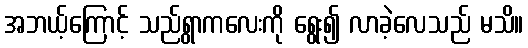
အဘယ့်ကြောင့် သည်ရွာကလေးကို ရွေး၍ လာခဲ့လေသည် မသိ။